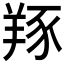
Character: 𦎇